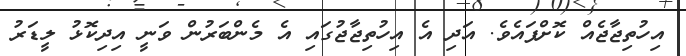
އިހުތިޖާޖެއް ކޮށްފައެވެ. އަދި އެ އިހުތިޖާޖުގައި އެ މެންބަރުން ވަނީ އިދިކޮޅު ލީޑަރު